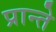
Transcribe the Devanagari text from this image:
प्रान्ते